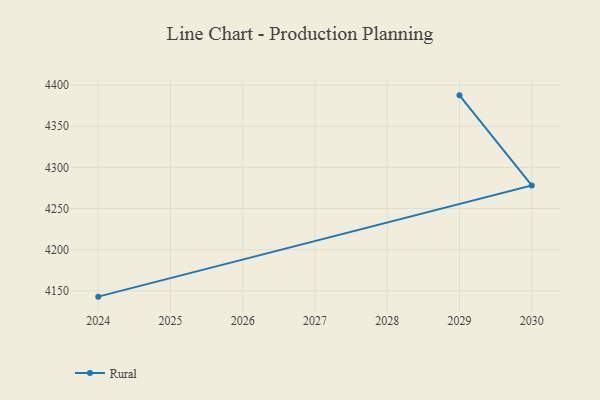
{"axis": {"x": "Year", "y": "Revenue (USD Million)"}, "legend": ["Rural"], "data": [{"x": "2029", "y": 4387.4, "type": "Rural"}, {"x": "2030", "y": 4278.0, "type": "Rural"}, {"x": "2024", "y": 4143.0, "type": "Rural"}]}